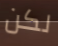
لكن